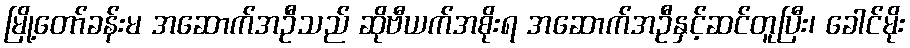
မြို့တော်ခန်းမ အဆောက်အဦသည် ဆိုဗီယက်အစိုးရ အဆောက်အဦနှင့်ဆင်တူပြီး၊ ခေါင်မိုး